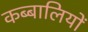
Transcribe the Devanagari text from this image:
कब्बालियों